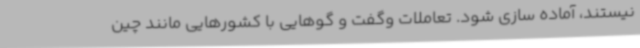
نیستند، آماده سازی شود. تعاملات وگفت و گوهایی با کشورهایی مانند چین